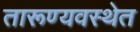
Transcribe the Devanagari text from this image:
तारूण्यवस्थेत